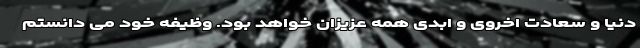
دنیا و سعادت اخروی و ابدی همه عزیزان خواهد بود. وظیفه خود می دانستم